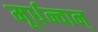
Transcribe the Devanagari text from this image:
मूर्धन्वान्